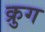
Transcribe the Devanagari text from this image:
क्रुग